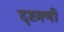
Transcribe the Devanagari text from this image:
दृष्टमणी